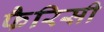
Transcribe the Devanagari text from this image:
फैरिसी